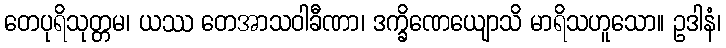
တေပုရိသုတ္တမ၊ ယဿ တေအာသဝါခီဏာ၊ ဒက္ခိဏေယျောသိ မာရိသဟူသော။ ဥဒါနံ၊